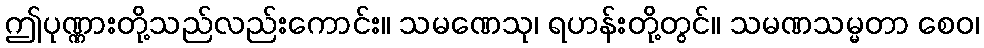
ဤပုဏ္ဏားတို့သည်လည်းကောင်း။ သမဏေသု၊ ရဟန်းတို့တွင်။ သမဏသမ္မတာ စေဝ၊